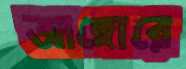
আঙ্গোরে